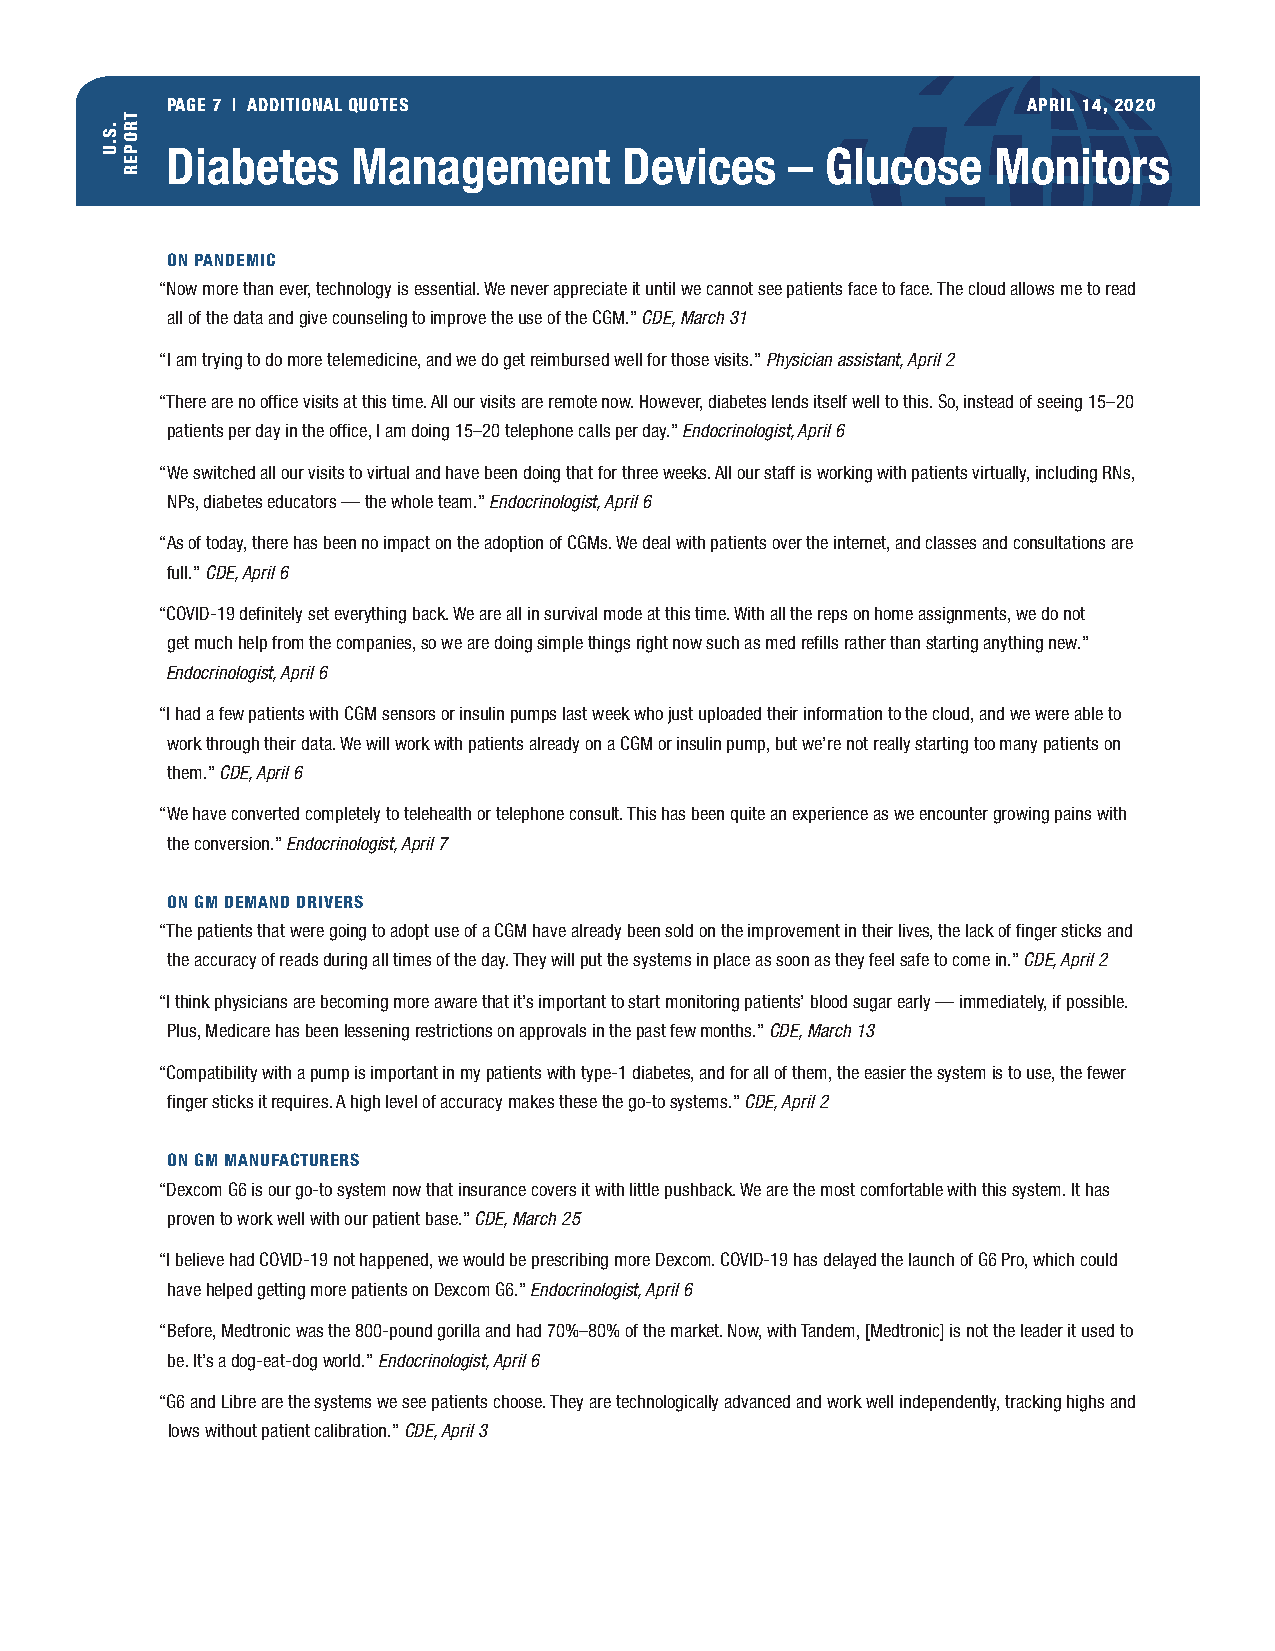
PAGE 7 | ADDITIONAL QUOTES                               APRIL 14, 2020
 Diabetes    Management        Devices    –  Glucose    Monitors
 ON PANDEMIC
 “Now more than ever, technology is essential. We never appreciate it until we cannot see patients face to face. The cloud allows me to read
 all of the data and give counseling to improve the use of the CGM.” CDE, March 31
 “I am trying to do more telemedicine, and we do get reimbursed well for those visits.” Physician assistant, April 2
 “There are no office visits at this time. All our visits are remote now. However, diabetes lends itself well to this. So, instead of seeing 15–20
 patients per day in the office, I am doing 15–20 telephone calls per day.” Endocrinologist, April 6
 “We switched all our visits to virtual and have been doing that for three weeks. All our staff is working with patients virtually, including RNs,
 NPs, diabetes educators — the whole team.” Endocrinologist, April 6
 “As of today, there has been no impact on the adoption of CGMs. We deal with patients over the internet, and classes and consultations are
 full.” CDE, April 6
 “COVID-19 definitely set everything back. We are all in survival mode at this time. With all the reps on home assignments, we do not
 get much help from the companies, so we are doing simple things right now such as med refills rather than starting anything new.”
 Endocrinologist, April 6
 “I had a few patients with CGM sensors or insulin pumps last week who just uploaded their information to the cloud, and we were able to
 work through their data. We will work with patients already on a CGM or insulin pump, but we’re not really starting too many patients on
 them.” CDE, April 6
 “We have converted completely to telehealth or telephone consult. This has been quite an experience as we encounter growing pains with
 the conversion.” Endocrinologist, April 7
 ON GM DEMAND DRIVERS
 “The patients that were going to adopt use of a CGM have already been sold on the improvement in their lives, the lack of finger sticks and
 the accuracy of reads during all times of the day. They will put the systems in place as soon as they feel safe to come in.” CDE, April 2
 “I think physicians are becoming more aware that it’s important to start monitoring patients’ blood sugar early — immediately, if possible.
 Plus, Medicare has been lessening restrictions on approvals in the past few months.” CDE, March 13
 “Compatibility with a pump is important in my patients with type-1 diabetes, and for all of them, the easier the system is to use, the fewer
 finger sticks it requires. A high level of accuracy makes these the go-to systems.” CDE, April 2
 ON GM MANUFACTURERS
 “Dexcom G6 is our go-to system now that insurance covers it with little pushback. We are the most comfortable with this system. It has
 proven to work well with our patient base.” CDE, March 25
 “I believe had COVID-19 not happened, we would be prescribing more Dexcom. COVID-19 has delayed the launch of G6 Pro, which could
 have helped getting more patients on Dexcom G6.” Endocrinologist, April 6
 “Before, Medtronic was the 800-pound gorilla and had 70%–80% of the market. Now, with Tandem, [Medtronic] is not the leader it used to
 be. It’s a dog-eat-dog world.” Endocrinologist, April 6
 “G6 and Libre are the systems we see patients choose. They are technologically advanced and work well independently, tracking highs and
 lows without patient calibration.” CDE, April 3
 .S.U
 TROPER